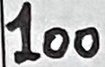
Text: 100